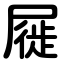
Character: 屣